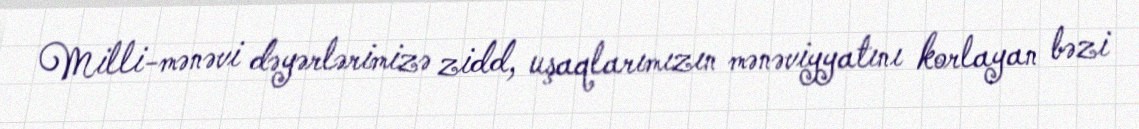
Milli-mənəvi dəyərlərimizə zidd, uşaqlarımızın mənəviyyatını korlayan bəzi